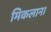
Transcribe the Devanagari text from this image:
मिकलान।